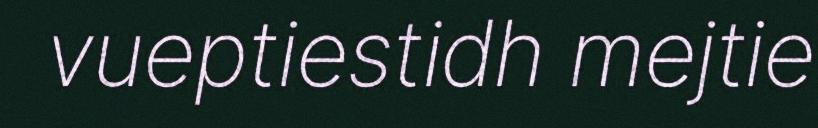
vueptiestidh mejtie